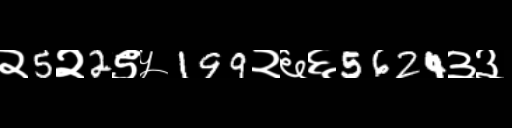
Text: २5२2९५199२६६5624३३